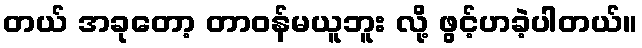
တယ် အခုတော့ တာဝန်မယူဘူး လို့ ဖွင့်ဟခဲ့ပါတယ်။